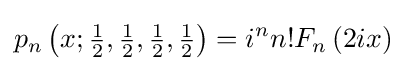
p_{n}\left(x;{\tfrac {1}{2}},{\tfrac {1}{2}},{\tfrac {1}{2}},{\tfrac {1}{2}}\right)=i^{n}n!F_{n}\left(2ix\right)